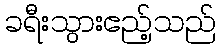
ခရီးသွားဧည့်သည်